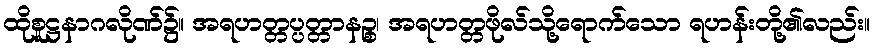
ထိုစူဋ္ဌနာဂလိုဏ်၌။ အရဟတ္တပ္ပတ္တာနဉ္စ၊ အရဟတ္တဖိုလ်သို့ရောက်သော ရဟန်းတို့၏လည်း။